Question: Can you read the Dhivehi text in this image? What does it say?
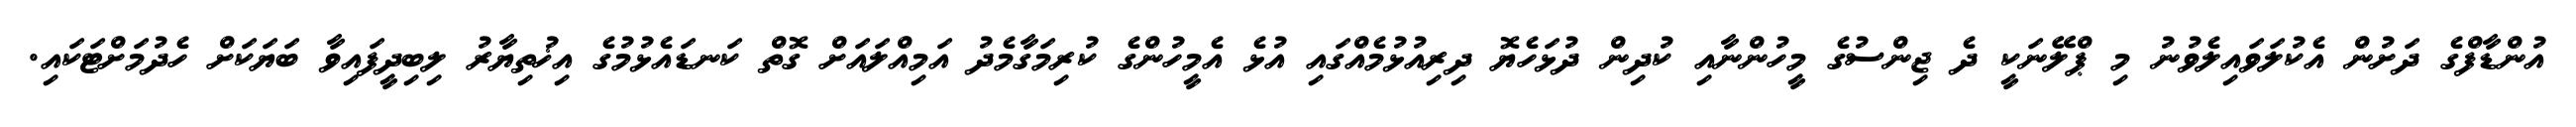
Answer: އުންޑާފްގެ ދަށުން އެކުލަވައިލެވުނު މި ޕްލޭނަކީ ދެ ޖިންސުގެ މީހުންނާއި ކުދިން ދުޅަހެޔޮ ދިރިއުޅުމެއްގައި އުޅެ އެމީހުންގެ ކުރިމަގާމެދު އަމިއްލައަށް ގޮތް ކަނޑައެޅުމުގެ އިޚުތިޔާރު ލިބިދީފައިވާ ބަޔަކަށް ހެދުމަށްޓަކައި.